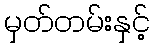
မှတ်တမ်းနှင့်